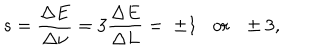
s = \frac { \Delta E } { \Delta \nu } = 3 \frac { \Delta E } { \Delta L } = \; \pm 1 \mathrm { o r } \; \; \, \pm 3 ,